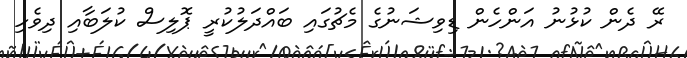
ރޭ ދެން ކުޅުނު އަންހެން ޑިވިޝަނުގެ މެޗުގައި ބައްދަލުކުރީ ޕޮލިސް ކުލަބާއި ދިވެހި